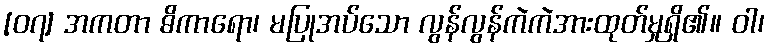
[၀၇] အကတာ ဓိကာရော၊ မပြုအပ်သော လွန်လွန်ကဲကဲအားထုတ်မှုရှိ၏။ ဝါ၊